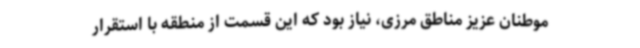
موطنان عزیز مناطق مرزی، نیاز بود که این قسمت از منطقه با استقرار